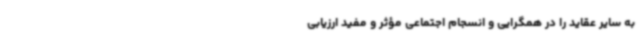
به سایر عقاید را در همگرایی و انسجام اجتماعی مؤثر و مفید ارزیابی